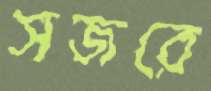
সজরে